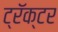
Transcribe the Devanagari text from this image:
ट्रॅक्‍टर